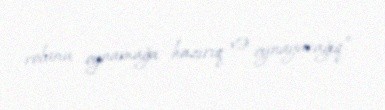
rolunu oynamağa hazırıq və oynayacağıq”.